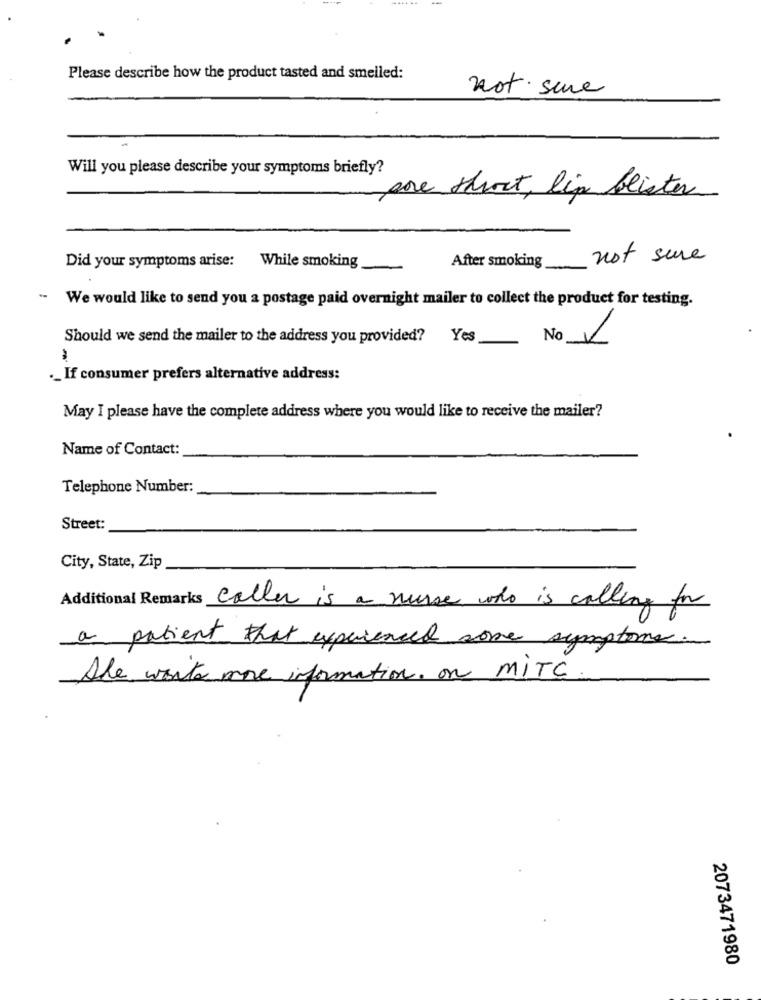
Please describe how the product tasted and smelled:
not sure
Will you please describe your symptoms briefly?
pore short, lip blister
not sure
Did your symptoms arise: While smoking
After smoking
-
We would like to send you a postage paid overnight mailer to collect the product for testing.
Should we send the mailer to the address you provided? Yes
No V
If consumer prefers alternative address:
May I please have the complete address where you would like to receive the mailer?
Name of Contact:
Telephone Number:
Street:
City, State, Zip
Additional Remarks caller is a nurse who is calling for
a patient that experienced some symptoms.
Ale want more information on MiTC
2073471980